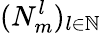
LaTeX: (N_{m}^{l})_{l\in\mathbb{N}}